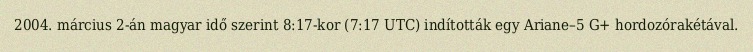
2004. március 2-án magyar idő szerint 8:17-kor (7:17 UTC) indították egy Ariane–5 G+ hordozórakétával.